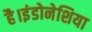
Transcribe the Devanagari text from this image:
है।इंडोनेशिया